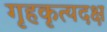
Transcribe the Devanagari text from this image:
गृहकृत्यदक्ष